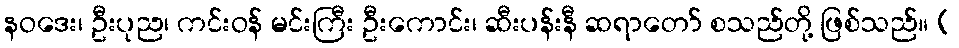
နဝဒေး၊ ဦးပုည၊ ကင်းဝန် မင်းကြီး ဦးကောင်း၊ ဆီးပန်းနီ ဆရာတော် စသည်တို့ ဖြစ်သည်။ (